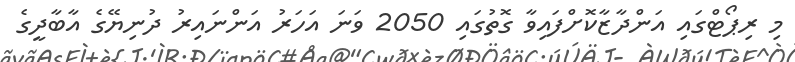
މި ރިޕޯޓްގައި އަންދާޒާކޮށްފައިވާ ގޮތުގައި 2050 ވަނަ އަހަރު އަންނައިރު ދުނިޔޭގެ އާބާދީގެ